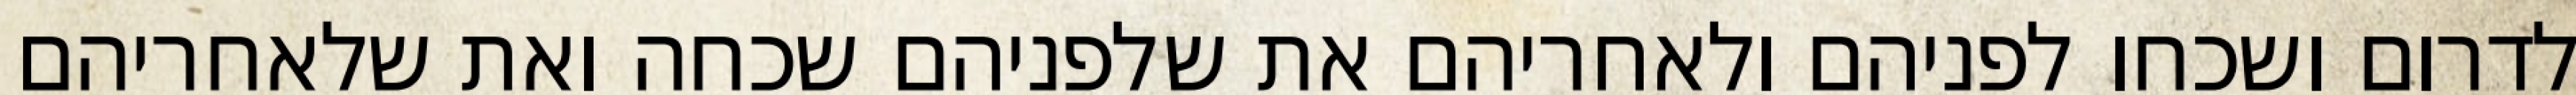
לדרום ושכחו לפניהם ולאחריהם את שלפניהם שכחה ואת שלאחריהם